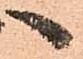
へ